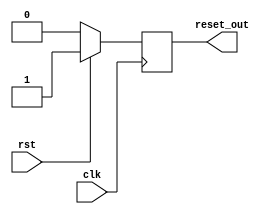
module MemoryBlocksSynchronousResetDetector (
    input wire clk,          // Main clock signal
    input wire rst,          // Synchronous reset signal
    output reg reset_out     // Reset output for memory blocks
);

// Always block triggered on the rising edge of the clock
always @(posedge clk) begin
    if (rst) begin
        // When reset is asserted, assert the reset output
        reset_out <= 1'b1;
    end else begin
        // When reset is deasserted, deassert the reset output
        reset_out <= 1'b0;
    end
end

endmodule